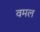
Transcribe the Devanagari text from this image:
वमल